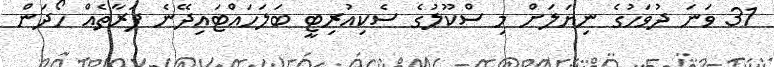
31 ވަނަ ދުވަހުގެ ނިޔަލަށް މި ސްކޫލުގެ ސެކިއުރިޓީ ބަލަހައްޓައިދޭނެ ފަރާތެއް ހޯދަން